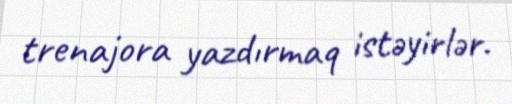
trenajora yazdırmaq istəyirlər.